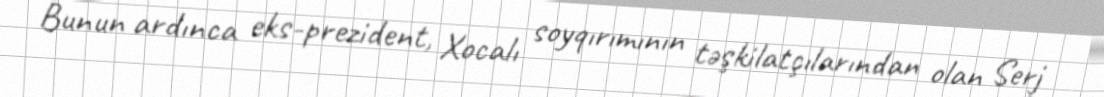
Bunun ardınca eks-prezident, Xocalı soyqırımının təşkilatçılarından olan Serj